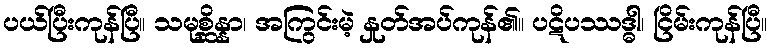
ပယ်ပြီးကုန်ပြီ။ သမုစ္ဆိန္နာ၊ အကြွင်းမဲ့ နှုတ်အပ်ကုန်၏။ ပဋိပဿဒ္ဓါ၊ ငြိမ်းကုန်ပြီ။